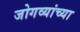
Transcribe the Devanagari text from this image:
जोगव्यांच्या